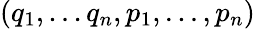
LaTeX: (q_{1},...q_{n},p_{1},...,p_{n})